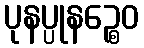
ပုနပ္ပုနဉ္စေဝ